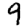
Digit: 9